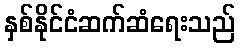
နှစ်နိုင်ငံဆက်ဆံရေးသည်